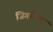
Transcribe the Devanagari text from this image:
जिगरिया